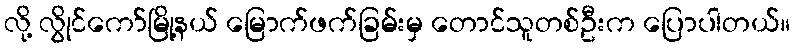
လို့ လွိုင်ကော်မြို့နယ် မြောက်ဖက်ခြမ်းမှ တောင်သူတစ်ဦးက ပြောပါတယ်။